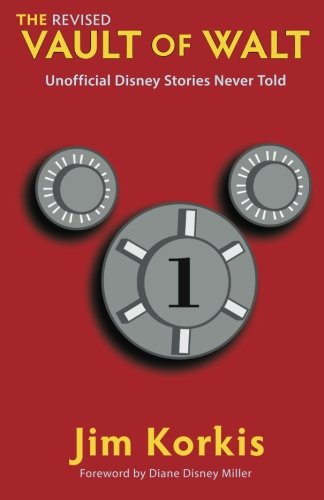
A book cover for The Revised Vault of Walt: Unofficial Disney Stories Never Told (The Vault of Walt); Jim Korkis; Arts & Photography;